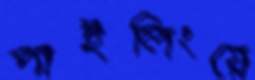
পাইলিংয়ে